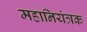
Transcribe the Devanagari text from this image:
महानियंत्रक